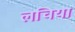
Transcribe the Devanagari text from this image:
लचिया